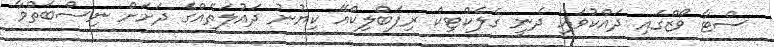
ސްޓާ ވޯޒްގައި ދައްކުވައި ދެނީ ގެލެކްޓިކް ރިޕަބްލިކްއޭ ކިޔުނު ދައުލަތެއްގެ ދަށަށް ނިސްބަތްވާ